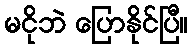
မငိုဘဲ ပြောနိုင်ပြီ။